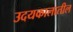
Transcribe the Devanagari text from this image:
उदयकालातील